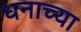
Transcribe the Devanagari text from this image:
धनाच्या